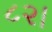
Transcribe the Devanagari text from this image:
८२।